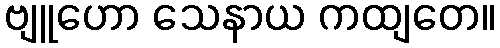
ဗျူဟော သေနာယ ကထျတေ။